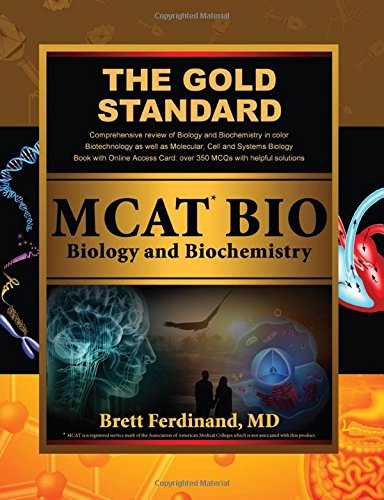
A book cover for Gold Standard New MCAT BIO: Biology and Biochemistry (Gold Standard Mcat); Gold Standard Team; Test Preparation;